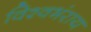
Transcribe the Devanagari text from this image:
विश्वभंराय